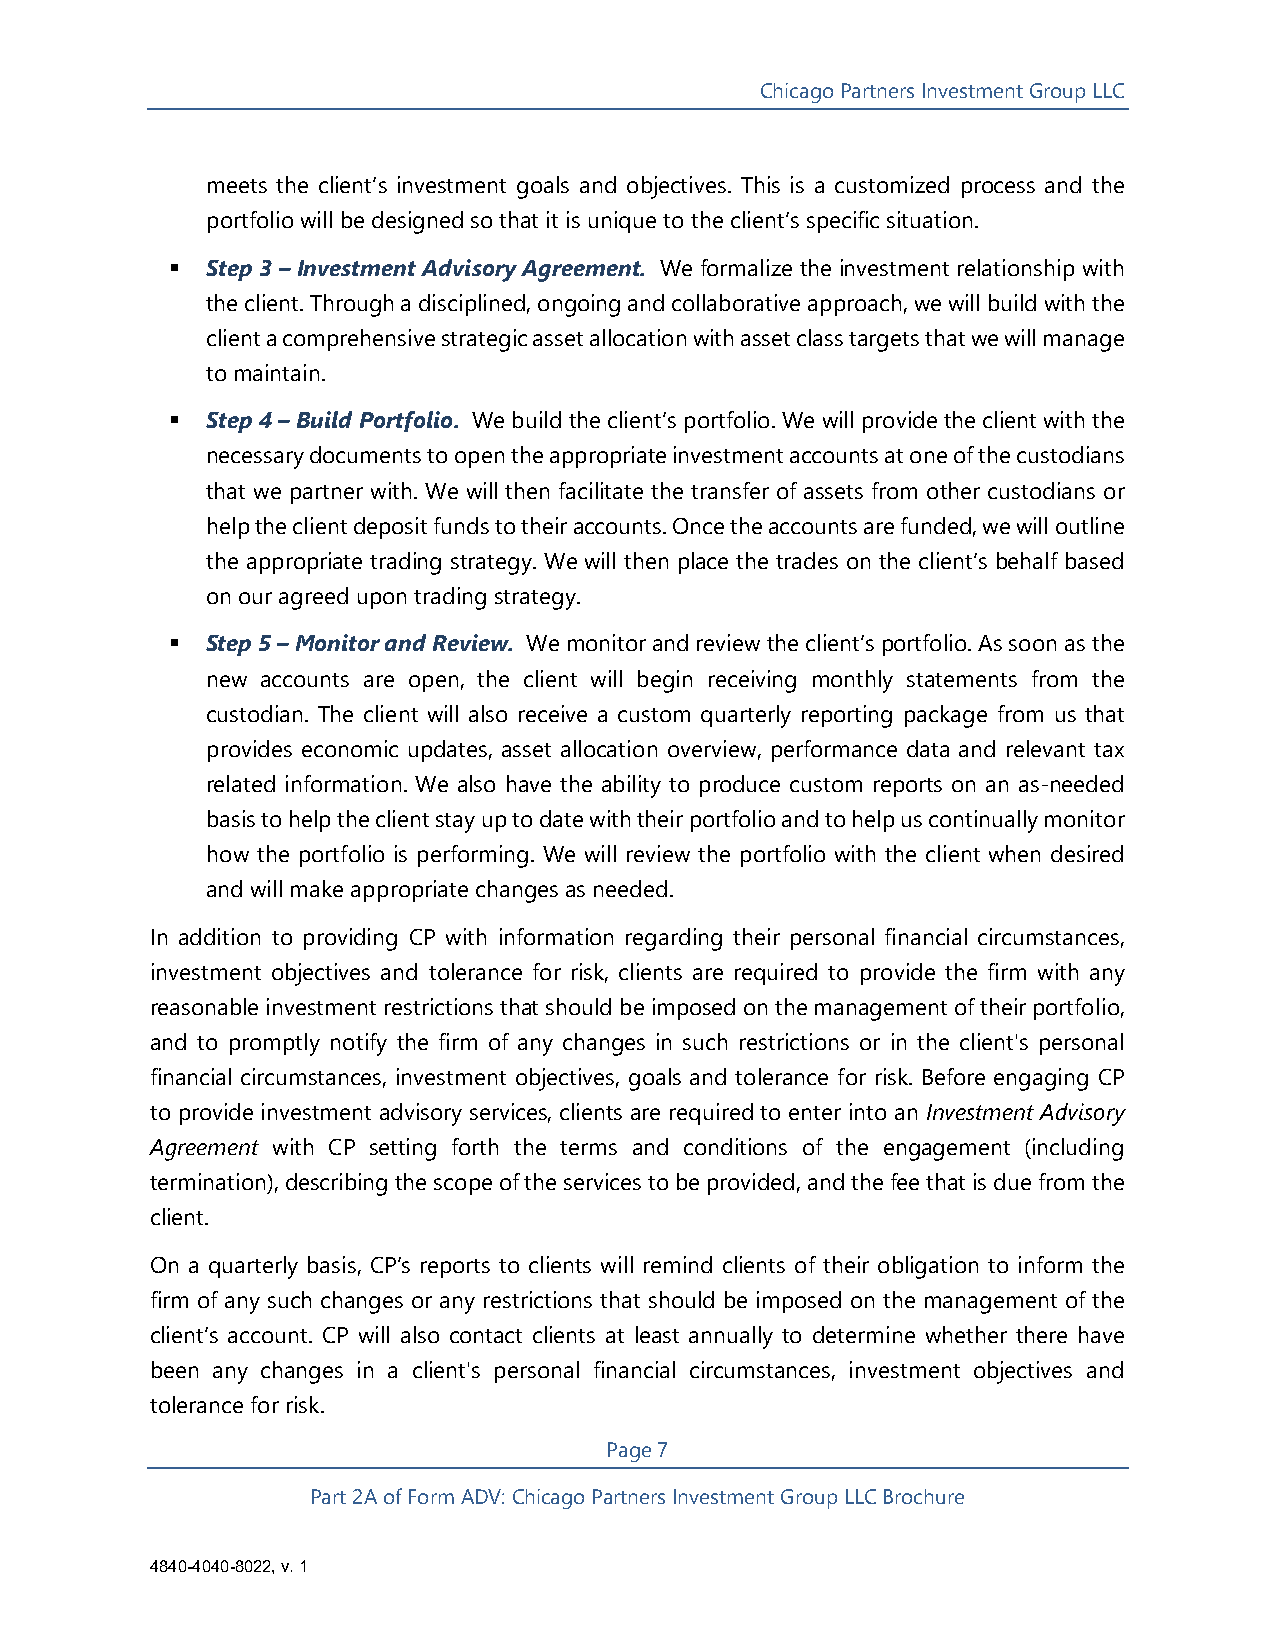
Chicago Partners Investment Group LLC
 meets the client’s investment goals and objectives. This is a customized process and the
 portfolio will be designed so that it is unique to the client’s specific situation.
   Step 3 – Investment Advisory Agreement. We formalize the investment relationship with
 the client. Through a disciplined, ongoing and collaborative approach, we will build with the
 client a comprehensive strategic asset allocation with asset class targets that we will manage
 to maintain.
   Step 4 – Build Portfolio. We build the client’s portfolio. We will provide the client with the
 necessary documents to open the appropriate investment accounts at one of the custodians
 that we partner with. We will then facilitate the transfer of assets from other custodians or
 help the client deposit funds to their accounts. Once the accounts are funded, we will outline
 the appropriate trading strategy. We will then place the trades on the client’s behalf based
 on our agreed upon trading strategy.
   Step 5 – Monitor and Review. We monitor and review the client’s portfolio. As soon as the
 new accounts are open, the client will begin receiving monthly statements from the
 custodian. The client will also receive a custom quarterly reporting package from us that
 provides economic updates, asset allocation overview, performance data and relevant tax
 related information. We also have the ability to produce custom reports on an as-needed
 basis to help the client stay up to date with their portfolio and to help us continually monitor
 how the portfolio is performing. We will review the portfolio with the client when desired
 and will make appropriate changes as needed.
 In addition to providing CP with information regarding their personal financial circumstances,
 investment objectives and tolerance for risk, clients are required to provide the firm with any
 reasonable investment restrictions that should be imposed on the management of their portfolio,
 and to promptly notify the firm of any changes in such restrictions or in the client's personal
 financial circumstances, investment objectives, goals and tolerance for risk. Before engaging CP
 to provide investment advisory services, clients are required to enter into an Investment Advisory
 Agreement with CP setting forth the terms and conditions of the engagement (including
 termination), describing the scope of the services to be provided, and the fee that is due from the
 client.
 On a quarterly basis, CP’s reports to clients will remind clients of their obligation to inform the
 firm of any such changes or any restrictions that should be imposed on the management of the
 client’s account. CP will also contact clients at least annually to determine whether there have
 been any changes in a client's personal financial circumstances, investment objectives and
 tolerance for risk.
 Page 7
 Part 2A of Form ADV: Chicago Partners Investment Group LLC Brochure
 4840-4040-8022, v. 1